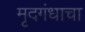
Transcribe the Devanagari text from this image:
मृदगंधाचा